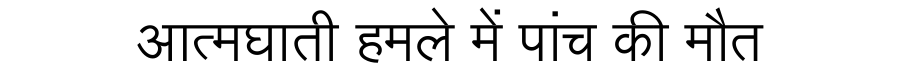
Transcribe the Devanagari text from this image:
आत्मघाती हमले में पांच की मौत